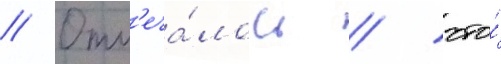
// Отм'еча́лось / что́